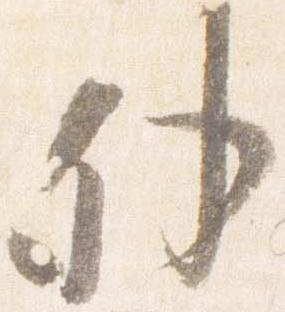
外